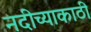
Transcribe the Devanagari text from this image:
नदीच्याकाठी